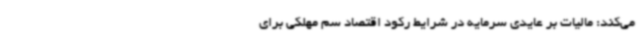
می‌کند: مالیات بر عایدی سرمایه در شرایط رکود اقتصاد سم مهلکی برای